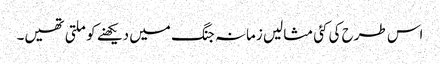
اس طرح کی کئی مثالیں زمانہ جنگ میں دیکھنے کو ملتی تھیں۔